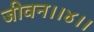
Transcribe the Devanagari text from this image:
जीवन।।४।।